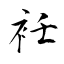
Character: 衽